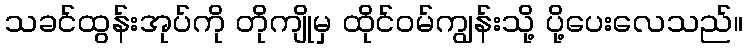
သခင်ထွန်းအုပ်ကို တိုကျိုမှ ထိုင်ဝမ်ကျွန်းသို့ ပို့ပေးလေသည်။